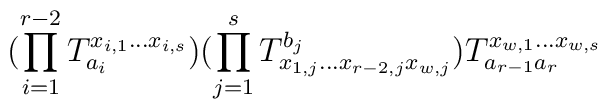
(\prod_{i=1}^{r-2}T_{a_i}^{x_{i,1} \ldots x_{i,s}})(\prod_{j=1}^{s}T_{x_{1,j} \ldots x_{r-2,j} x_{w,j}}^{b_j})T_{a_{r-1} a_r}^{x_{w,1} \ldots x_{w,s}}